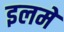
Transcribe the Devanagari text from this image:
इलमें